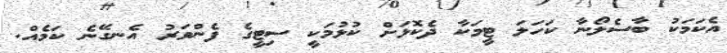
އެކަމަކު ބާސެލޯނާ ކަހަލަ ޓީމަކާ ދެކޮޅަށް ކުޅުމަކީ ސިޓީގެ ފެންވަރު އެނގޭނެ ކަމެއް.